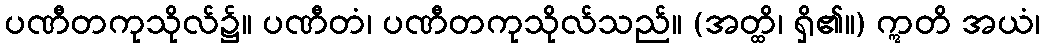
ပဏီတကုသိုလ်၌။ ပဏီတံ၊ ပဏီတကုသိုလ်သည်။ (အတ္ထိ၊ ရှိ၏။) ဣတိ အယံ၊